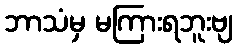
ဘာသံမှ မကြားရဘူးဗျ